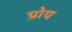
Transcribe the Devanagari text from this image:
प्रोप